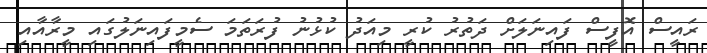
ރައީސް އޮފީސް ފައިނަލަށް ދަތުރު ކުރީ މިއަދު ކުޅުނު ފުރަތަމަ ސެމީފައިނަލުގައި މީރާއާއި